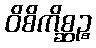
ဝိစိကိစ္ဆဉ္စ